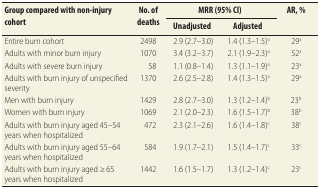
<table><thead><tr><td rowspan="2"><b>Group compared with non-injury cohort</b></td><td rowspan="2"><b>No. of deaths</b></td><td colspan="2"><b>MRR (95% CI)</b></td><td rowspan="2"><b>AR, %</b></td></tr><tr><td><b>Unadjusted</b></td><td><b>Adjusted</b></td></tr></thead><tbody><tr><td>Entire burn cohort</td><td>2498</td><td>2.9 (2.7–3.0)</td><td>1.4 (1.3–1.5)<sup>a</sup></td><td>29<sup>a</sup></td></tr><tr><td>Adults with minor burn injury</td><td>1070</td><td>3.4 (3.2–3.7)</td><td>2.1 (1.9–2.3)<sup>a</sup></td><td>52<sup>a</sup></td></tr><tr><td>Adults with severe burn injury</td><td>58</td><td>1.1 (0.8–1.4)</td><td>1.3 (1.1–1.9)<sup>a</sup></td><td>23<sup>a</sup></td></tr><tr><td>Adults with burn injury of unspecified severity</td><td>1370</td><td>2.6 (2.5–2.8)</td><td>1.4 (1.3–1.5)<sup>a</sup></td><td>29<sup>a</sup></td></tr><tr><td>Men with burn injury</td><td>1429</td><td>2.8 (2.7–3.0)</td><td>1.3 (1.2–1.4)<sup>b</sup></td><td>23<sup>b</sup></td></tr><tr><td>Women with burn injury</td><td>1069</td><td>2.1 (2.0–2.3)</td><td>1.6 (1.5–1.7)<sup>b</sup></td><td>38<sup>b</sup></td></tr><tr><td>Adults with burn injury aged 45–54 years when hospitalized</td><td>472</td><td>2.3 (2.1–2.6)</td><td>1.6 (1.4–1.8)<sup>c</sup></td><td>38<sup>c</sup></td></tr><tr><td>Adults with burn injury aged 55–64 years when hospitalized</td><td>584</td><td>1.9 (1.7–2.1)</td><td>1.5 (1.4–1.7)<sup>c</sup></td><td>33<sup>c</sup></td></tr><tr><td>Adults with burn injury aged ≥ 65 years when hospitalized</td><td>1442</td><td>1.6 (1.5–1.7)</td><td>1.3 (1.2–1.4)<sup>c</sup></td><td>23<sup>c</sup></td></tr></tbody></table>